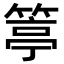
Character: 𥯢